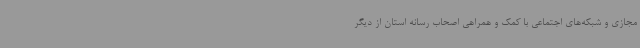
مجازی و شبکه‌های اجتماعی با کمک و همراهی اصحاب رسانه استان از دیگر